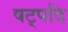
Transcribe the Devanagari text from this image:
षट्पदि